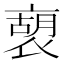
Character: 𧛫